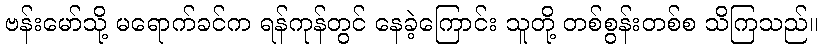
ဗန်းမော်သို့ မရောက်ခင်က ရန်ကုန်တွင် နေခဲ့ကြောင်း သူတို့ တစ်စွန်းတစ်စ သိကြသည်။